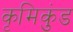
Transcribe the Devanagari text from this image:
कृमिकुंड